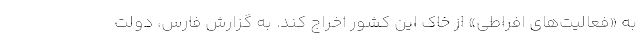
به «فعالیت‌های افراطی» از خاک این کشور اخراج کند. به گزارش فارس، دولت